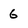
Character: 6